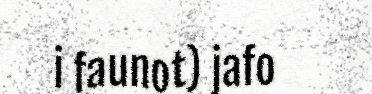
i faunot) jafo